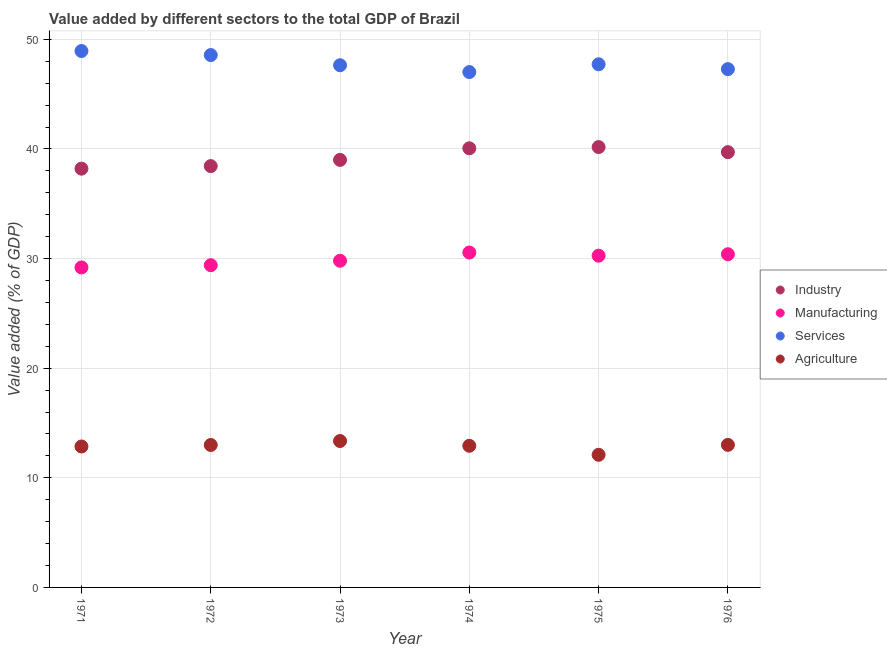
| Year | Industry | Manufacturing | Services | Agriculture |
 | --- | --- | --- | --- | --- |
 | 1971 | 38.2 | 29.2 | 48.9 | 12.9 |
 | 1972 | 38.4 | 29.4 | 48.6 | 13 |
 | 1973 | 39 | 29.8 | 47.6 | 13.4 |
 | 1974 | 40.1 | 30.6 | 47 | 12.9 |
 | 1975 | 40.2 | 30.3 | 47.7 | 12.1 |
 | 1976 | 39.7 | 30.4 | 47.3 | 13 |